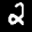
Label: 2